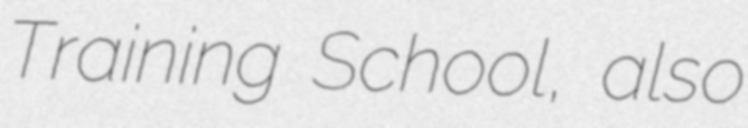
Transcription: Training School, also